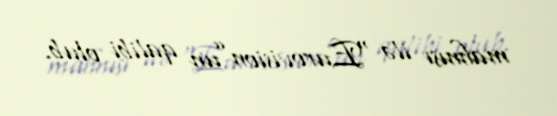
mahnısı ilə “Eurovision”un qalibi olub.